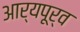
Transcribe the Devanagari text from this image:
आर्यपूर्व